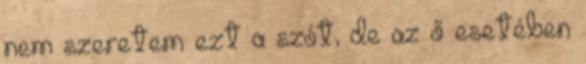
nem szeretem ezt a szót, de az ő esetében